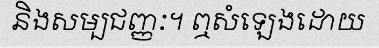
និងសម្បជញ្ញៈ។ ឮសំឡេងដោយ